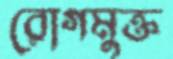
রোগমুক্ত